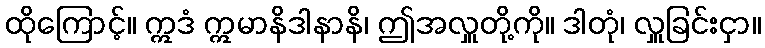
ထိုကြောင့်။ ဣဒံ ဣမာနိဒါနာနိ၊ ဤအလှူတို့ကို။ ဒါတုံ၊ လှူခြင်းငှာ။